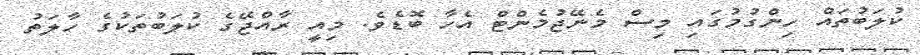
ކުލަބުތައް ހިންގުމުގައި މިސް މެނޭޖުމެންޓް އެހާ ބޮޑެވެ. މިއީ ރާއްޖޭގެ ކުލަބުތަކުގެ ހާލަތު